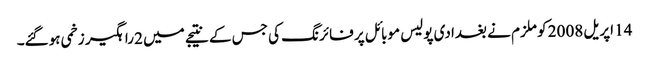
14 اپریل 2008 کو ملزم نے بغدادی پولیس موبائل پر فائرنگ کی جس کے نتیجے میں 2 راہگیر زخمی ہوگئے۔